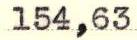
154,63